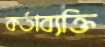
কর্তাব্যক্তি